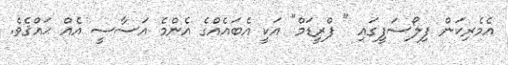
އެމެރިކަން ފިލޯސަފީގައި " ފްރީޑަމް" އަކީ އެބައެއްގެ އެންމެ އަސާސީ އެއް ޙައްޤެވެ.